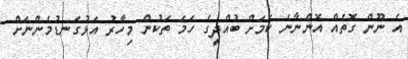
އެ ނޫން ގޮތެއް އޮންނާނެ ކަމަށް ބުއްދީގެ ހަމަ ތަކުން މިހާރު އަޅުގަނޑުމެންނަށް